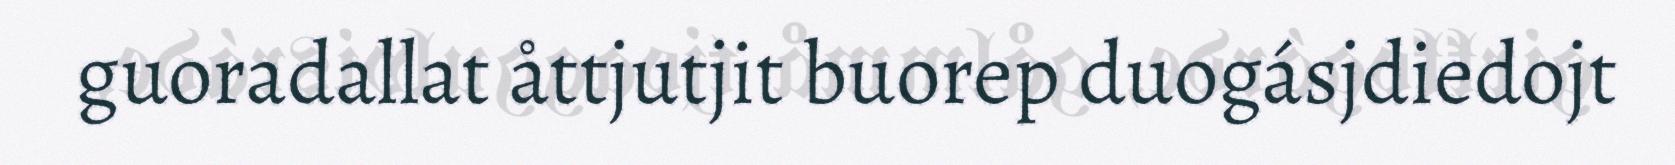
guoradallat åttjutjit buorep duogásjdiedojt